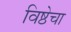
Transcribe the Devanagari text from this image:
विष्ठेचा